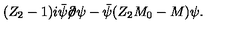
( Z _ { 2 } - 1 ) i \bar { \psi } \! \! \not \! \partial \psi - \bar { \psi } ( Z _ { 2 } M _ { 0 } - M ) \psi .